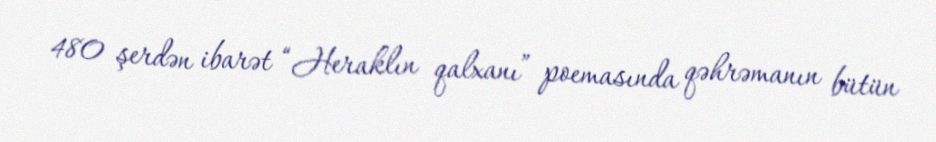
480 şerdən ibarət “Heraklın qalxanı” poemasında qəhrəmanın bütün